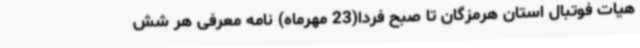
هیات فوتبال استان هرمزگان تا صبح فردا(23 مهرماه) نامه معرفی هر شش